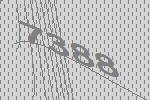
7388